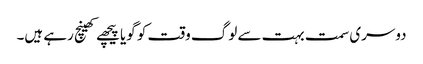
دوسری سمت بہت سے لوگ وقت کو گویا پیچھے کھینچ رہے ہیں۔